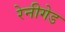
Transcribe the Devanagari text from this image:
रेनीगेड